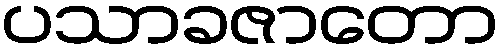
ပသာခဇာတော